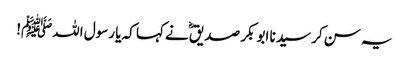
یہ سن کر سیدنا ابو بکر صدیقؓ نے کہا کہ یا رسول اللہﷺ!